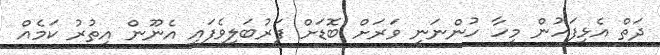
ދަތް އެޅިފަހުން މީހާ ހުންނަނީ ވަރަށް ބޮޑަށް ފަރުބަލިވެފައި އެނޫން އިތުރު ކަމެއް